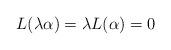
LaTeX: \begin{align*}L(\lambda\alpha)=\lambda L(\alpha)=0\end{align*}